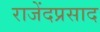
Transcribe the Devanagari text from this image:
राजेंदप्रसाद